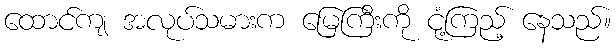
ထောင်ကျ အလုပ်သမားက မြေကြီးကို ငုံ့ကြည့် နေသည်။